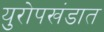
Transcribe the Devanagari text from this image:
युरोपखंडात